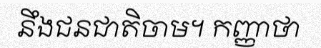
នឹងជនជាតិចាម។ កញ្ញាថា